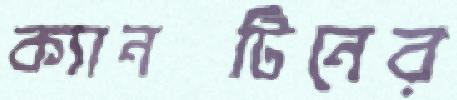
ক্যানটিনের